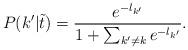
LaTeX: \begin{align*} P(k'|\tilde{t}) = \frac{e^{-l_{k'}}}{1+\sum_{k'\neq k}e^{-l_{k'}}}.\end{align*}